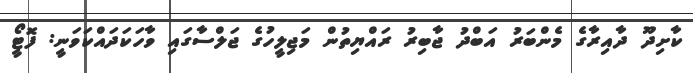
ކާށިދޫ ދާއިރާގެ މެންބަރު އަބްދު ޖާބިރު ރައްޔިތުން މަޖިލީހުގެ ޖަލްސާގައި ވާހަކަދައްކަވަނީ: ފޮޓީޯ